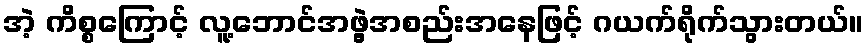
အဲ့ ကိစ္စကြောင့် လူ့ဘောင်အဖွဲ့အစည်းအနေဖြင့် ဂယက်ရိုက်သွားတယ်။